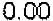
0.00